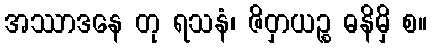
အဿာဒနေ တု ရသနံ၊ ဇိဝှာယဉ္စ ဓနိမှိ စ။